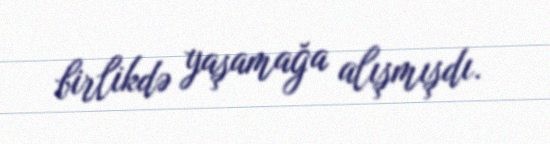
birlikdə yaşamağa alışmışdı.